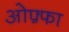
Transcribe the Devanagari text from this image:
ओफ़्फा